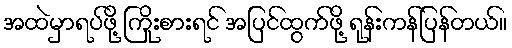
အထဲမှာရပ်ဖို့ ကြိုးစားရင် အပြင်ထွက်ဖို့ ရုန်းကန်ပြန်တယ်။